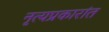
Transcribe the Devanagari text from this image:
नृत्यप्रकारांत